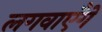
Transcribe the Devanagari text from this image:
लगवाएँगे